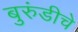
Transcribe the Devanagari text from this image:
बुरुंडीचे